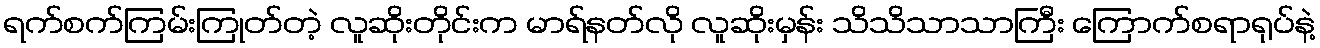
ရက်စက်ကြမ်းကြုတ်တဲ့ လူဆိုးတိုင်းက မာရ်နတ်လို လူဆိုးမှန်း သိသိသာသာကြီး ကြောက်စရာရုပ်နဲ့